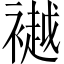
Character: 𫌐